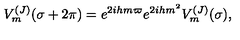
V _ { m } ^ { ( J ) } ( \sigma + 2 \pi ) = e ^ { 2 i h m \varpi } e ^ { 2 i h m ^ { 2 } } V _ { m } ^ { ( J ) } ( \sigma ) ,